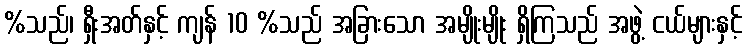
%သည်၊ ရှီးအတ်နှင့် ကျန် 10 %သည် အခြားသော အမျိုးမျိုး ရှိကြသည် အဖွဲ့ ငယ်များနှင့်